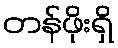
တန်ဖိုးရှိ